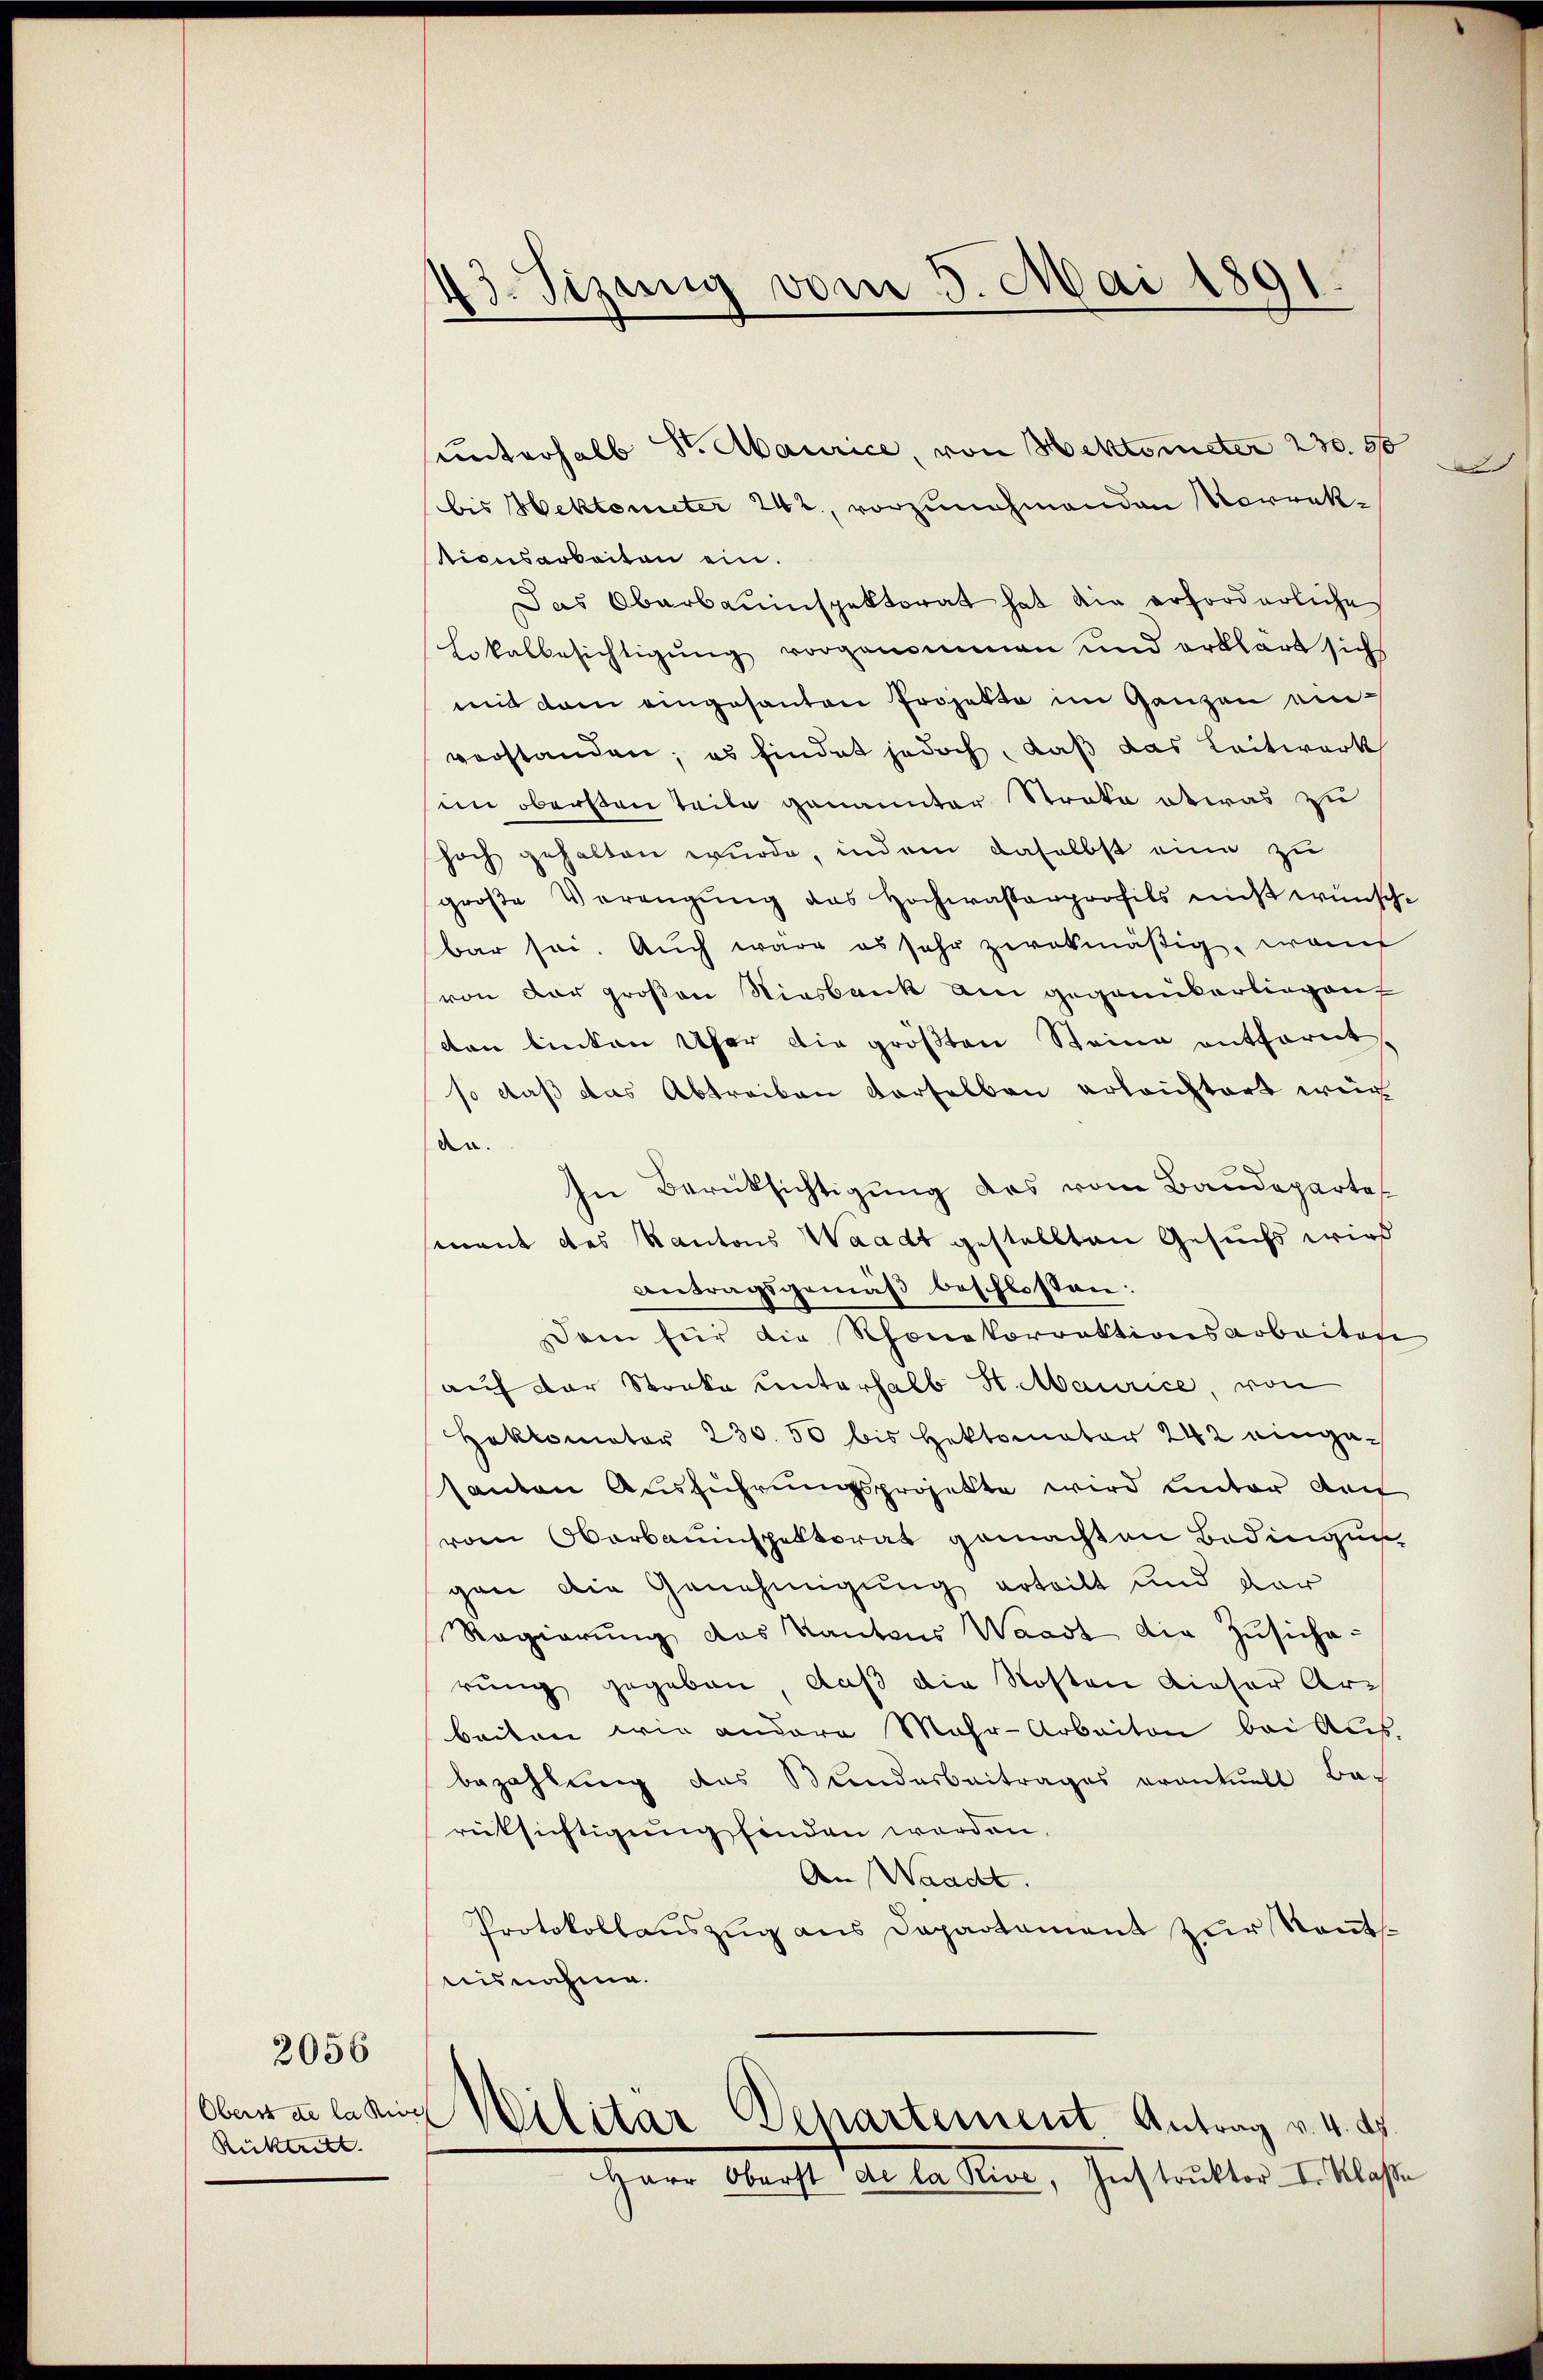
Oberst de la die
Rücktritt.

2056

.Sizung vom 5. Mai 1891.

unterhalb St. Abaurice, von Hektometer 230. 56
bis Hektonieter 242, vorzunehmenden Vorrektionsarbeiten ein.
Das Oberbauinspektorat hat die erforderliche
Lokalbesichtigŭng vorgenommen und erklärt sich
mit dem eingesanten Projekte im Ganzen ei
verstanden; es findet jedoch, daß das Leitwerk
im obersten Teile genannter Streke etwas zu
hoch gehalten wurde, indem daselbst eine zu
große Verengung des Hochwasserpoofils nicht wünschbar sei. Auch wäre es sehr zwekmäßig, won
von der großen Riesbank am gegannkarliegent
don binten Ufer die größten Steine entfernt
so daß das Abtreiben derselben erleichtert wer
dn.
In Berücksichtigung des vom Baudepartes
mnant des Kantons Waadt gestellten Gesuchs wird
Antragsgemäβ beschlossen:
am für die Rhonekorrektionsarbeiten
auf der Streke unterhalb H. Maurice, von
Hokomotor 230. 50 bis Hektomater 242 eingesanton Ausführungsprojekte wird unter den
vom Oberbauinspektorat gemachten Bedingung
gen die Genehmigung erteilt und der
Regierŭng des Kantons Waadt die Zŭsiche-
rung gegeben, daß die Kosten dieser Arch
beiten wie andere Mehr-Arbeiten bei Aus-
bezahlung des Bundesbeitrages eventuell Barücksichtigung finden worden.
An Waadt.
Protokollauszug aus Departament zur Kantsnisnahme.
Militar Departement Antrag v. 4. d.
Herr Oberst de la Pive, Instrŭktor I. Klasse

d